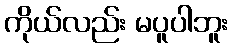
ကိုယ်လည်း မပူပါဘူး